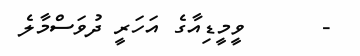
-      ވީމީޑިއާގެ އަހަރީ ދުވަސްމާލެ